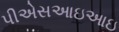
પીએસઆઇઆઇ